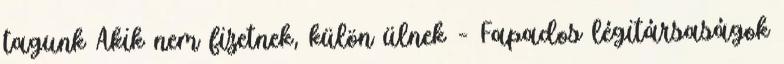
tagunk Akik nem fizetnek, külön ülnek – Fapados légitársaságok